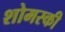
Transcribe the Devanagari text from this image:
शोमस्की